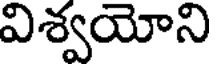
విశ్వయోని